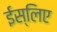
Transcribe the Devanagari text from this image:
ईस्लिए